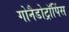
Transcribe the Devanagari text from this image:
गोनैडोट्रॉपिंस